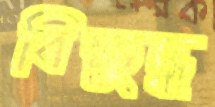
বিক্ষুদ্ধ